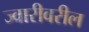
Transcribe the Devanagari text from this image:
ज्वारीवरील